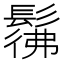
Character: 𩭬